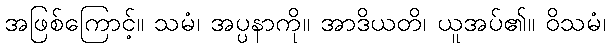
အဖြစ်ကြောင့်။ သမံ၊ အပ္ပနာကို။ အာဒိယတိ၊ ယူအပ်၏။ ဝိသမံ၊